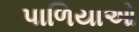
પાળિયાઓ